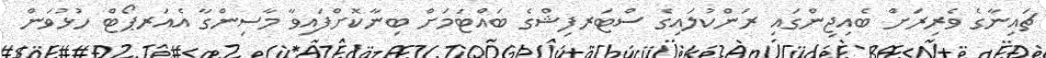
ޗައިނާގެ ވެރިރަށް ބެއިޖިންގައި ރަންކުލައިގެ ސްޓަރފިޝްގެ ބައްޓަމަށް ބިނާކޮށްފައިވާ މާސިންގާ އެއަރޕޯޓް ހުޅުވަން